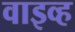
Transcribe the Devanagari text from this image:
वाइव्ह